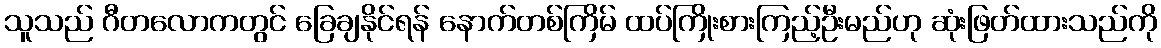
သူသည် ဂီတလောကတွင် ခြေချနိုင်ရန် နောက်တစ်ကြိမ် ထပ်ကြိုးစားကြည့်ဦးမည်ဟု ဆုံးဖြတ်ထားသည်ကို